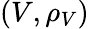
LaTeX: (V,\rho_{V})